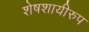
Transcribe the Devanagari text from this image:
शेषशायीरुप